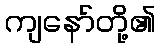
ကျနော်တို့၏